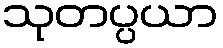
သုတပ္ပယာ